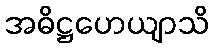
အဓိဋ္ဌဟေယျာသိ